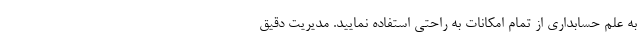
به علم حسابداری از تمام امکانات به راحتی استفاده نمایید. مدیریت دقیق